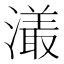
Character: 𤀡